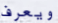
ويعرف